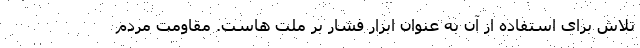
تلاش برای استفاده از آن به عنوان ابزار فشار بر ملت هاست. مقاومت مردم